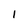
Character: 1